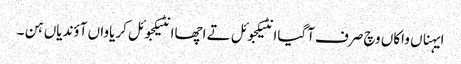
ایہناں واکاں وچ صرف آگیاانٹیکجوئل تے اچھاانٹیکجوئل کریاواں آؤندیاں ہن ۔